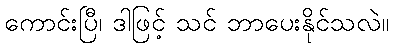
ကောင်းပြီ၊ ဒါဖြင့် သင် ဘာပေးနိုင်သလဲ။